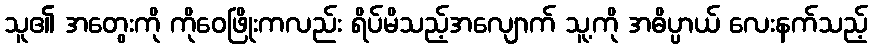
သူ၏ အတွေးကို ကိုဝေဖြိုးကလည်း ရိပ်မိသည့်အလျောက် သူ့ကို အဓိပ္ပာယ် လေးနက်သည့်